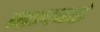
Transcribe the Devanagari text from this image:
जलवाई